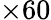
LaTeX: \times 60